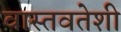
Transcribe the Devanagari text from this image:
वास्तवतेशी